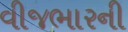
વીજભારની